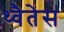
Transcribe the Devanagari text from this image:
थ्वैतेस